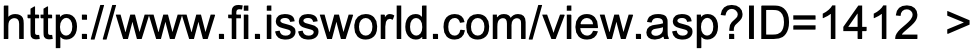
http://www.fi.issworld.com/view.asp?ID=1412 >